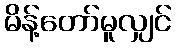
မိန့်တော်မူလျှင်